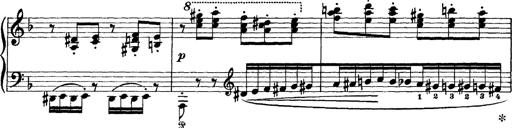
Title: Scherzo und Marsch
Composer: Franz Liszt